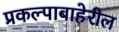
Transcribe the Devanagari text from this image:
प्रकल्पाबाहेरील